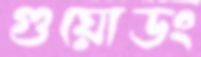
গুয়োডং